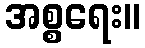
အစ္စရေး။